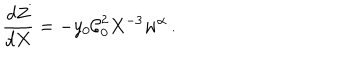
LaTeX: \frac { d Z } { d X } = - y _ { 0 } \mathcal { C } _ { 0 } ^ { 2 } X ^ { - 3 } w ^ { \alpha } \, .